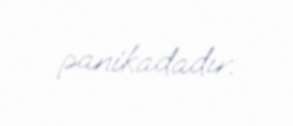
panikadadır.